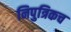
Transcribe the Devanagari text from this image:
निपुत्रिकच